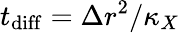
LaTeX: t_{\mathrm{diff}}=\Delta r^{2}/\kappa_{X}